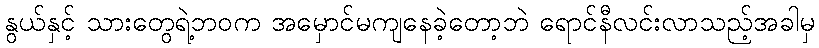
နွယ်နှင့် သားတွေရဲ့ဘဝက အမှောင်မကျနေခဲ့တော့ဘဲ ရောင်နီလင်းလာသည့်အခါမှ